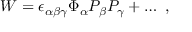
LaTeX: { \cal W } = \epsilon _ { \alpha \beta \gamma } \Phi _ { \alpha } P _ { \beta } P _ { \gamma } + \dots ~ ,